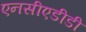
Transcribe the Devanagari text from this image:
एनसीएडीडी